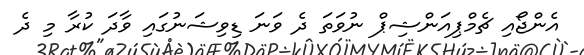
އެންޖޯއި ޗެމްޕިއަންޝިޕް ނުވަތަ ދެ ވަނަ ޑިވިޝަނުގައި ވާދަ ކުރާ މި ދެ